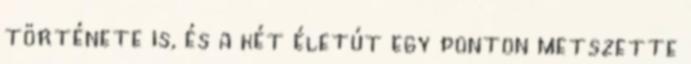
története is, és a két életút egy ponton metszette